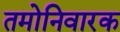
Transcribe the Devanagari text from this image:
तमोनिवारक